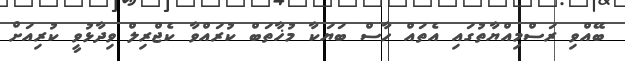
ބޭއްވި ރަސްމިއްޔާތުގައި އެތައް ހާސް ބަޔަކާ މުޚާތަބް ކުރައްވާ ކެޖްރިލް ވިދާޅުވީ ކުރިއަށް